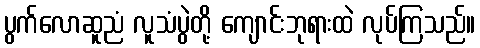
ပွက်လောဆူညံ လူသံပွဲတို့ ကျောင်းဘုရားထဲ လုပ်ကြသည်။